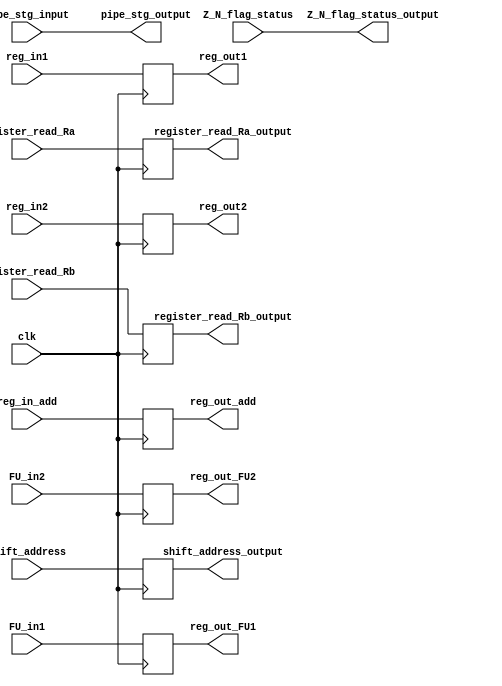
module DE_EXE_reg( 
    input clk,
    input [7:0] reg_in1,
	 input [7:0] reg_in2,
	 input [7:0] reg_in_add,
	 input [7:0] FU_in1,
	 input [7:0] FU_in2,
	 input wire [3:0] pipe_stg_input,
	 input wire [1:0] register_read_Ra,
  	 input wire [1:0] register_read_Rb,
	 input wire [7:0] Z_N_flag_status,
	 input wire [7:0] shift_address,
	 output reg [7:0] reg_out1,
	 output reg [7:0] reg_out2,
	 output reg [7:0] reg_out_add,
	 output reg [7:0] reg_out_FU1,
	 output reg [7:0] reg_out_FU2,
	 output wire [3:0] pipe_stg_output,
	 output reg [7:0] shift_address_output,
	 output reg [1:0] register_read_Ra_output,
  	 output reg [1:0] register_read_Rb_output,
	 output wire [7:0] Z_N_flag_status_output);
	 
	 
	 assign Z_N_flag_status_output [7:0] = Z_N_flag_status;
	 assign pipe_stg_output [3:0] = pipe_stg_input[3:0];
	 
always @ (posedge clk)
begin
reg_out1 [7:0] = reg_in1 [7:0];
reg_out2 [7:0] = reg_in2 [7:0];
reg_out_add [7:0] = reg_in_add [7:0];
reg_out_FU1 [7:0] = FU_in1 [7:0];
reg_out_FU2 [7:0] = FU_in2 [7:0];

register_read_Ra_output [1:0] = register_read_Ra [1:0];
register_read_Rb_output [1:0] = register_read_Rb [1:0];

shift_address_output [7:0] = shift_address [7:0]; 
end
endmodule